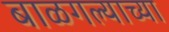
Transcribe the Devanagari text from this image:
बाळगल्याच्या